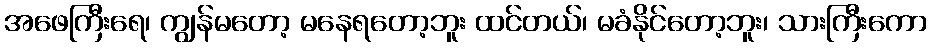
အဖေကြီးရေ၊ ကျွန်မတော့ မနေရတော့ဘူး ထင်တယ်၊ မခံနိုင်တော့ဘူး၊ သားကြီးကော